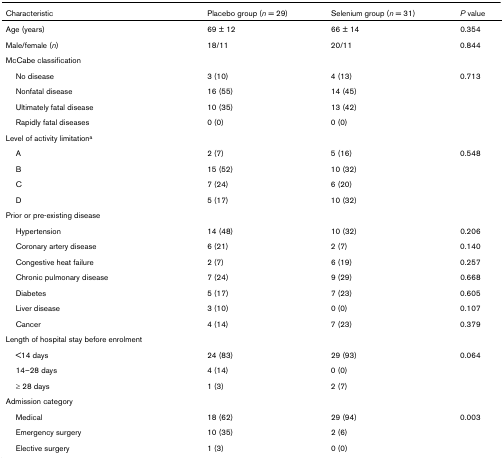
<table><thead><tr><td><b>Characteristic</b></td><td><b>Placebo group (<i>n </i>= 29)</b></td><td><b>Selenium group (<i>n </i>= 31)</b></td><td><b><i>P </i>value</b></td></tr></thead><tbody><tr><td>Age (years)</td><td>69 ± 12</td><td>66 ± 14</td><td>0.354</td></tr><tr><td>Male/female (<i>n</i>)</td><td>18/11</td><td>20/11</td><td>0.844</td></tr><tr><td>McCabe classification</td><td></td><td></td><td></td></tr><tr><td> No disease</td><td>3 (10)</td><td>4 (13)</td><td>0.713</td></tr><tr><td> Nonfatal disease</td><td>16 (55)</td><td>14 (45)</td><td></td></tr><tr><td> Ultimately fatal disease</td><td>10 (35)</td><td>13 (42)</td><td></td></tr><tr><td> Rapidly fatal diseases</td><td>0 (0)</td><td>0 (0)</td><td></td></tr><tr><td>Level of activity limitation<sup>a</sup></td><td></td><td></td><td></td></tr><tr><td> A</td><td>2 (7)</td><td>5 (16)</td><td>0.548</td></tr><tr><td> B</td><td>15 (52)</td><td>10 (32)</td><td></td></tr><tr><td> C</td><td>7 (24)</td><td>6 (20)</td><td></td></tr><tr><td> D</td><td>5 (17)</td><td>10 (32)</td><td></td></tr><tr><td>Prior or pre-existing disease</td><td></td><td></td><td></td></tr><tr><td> Hypertension</td><td>14 (48)</td><td>10 (32)</td><td>0.206</td></tr><tr><td> Coronary artery disease</td><td>6 (21)</td><td>2 (7)</td><td>0.140</td></tr><tr><td> Congestive heat failure</td><td>2 (7)</td><td>6 (19)</td><td>0.257</td></tr><tr><td> Chronic pulmonary disease</td><td>7 (24)</td><td>9 (29)</td><td>0.668</td></tr><tr><td> Diabetes</td><td>5 (17)</td><td>7 (23)</td><td>0.605</td></tr><tr><td> Liver disease</td><td>3 (10)</td><td>0 (0)</td><td>0.107</td></tr><tr><td> Cancer</td><td>4 (14)</td><td>7 (23)</td><td>0.379</td></tr><tr><td>Length of hospital stay before enrolment</td><td></td><td></td><td></td></tr><tr><td> &lt;14 days</td><td>24 (83)</td><td>29 (93)</td><td>0.064</td></tr><tr><td> 14–28 days</td><td>4 (14)</td><td>0 (0)</td><td></td></tr><tr><td> ≥ 28 days</td><td>1 (3)</td><td>2 (7)</td><td></td></tr><tr><td>Admission category</td><td></td><td></td><td></td></tr><tr><td> Medical</td><td>18 (62)</td><td>29 (94)</td><td>0.003</td></tr><tr><td> Emergency surgery</td><td>10 (35)</td><td>2 (6)</td><td></td></tr><tr><td> Elective surgery</td><td>1 (3)</td><td>0 (0)</td><td></td></tr></tbody></table>